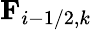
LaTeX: \textbf{F}_{i-1/2,k}